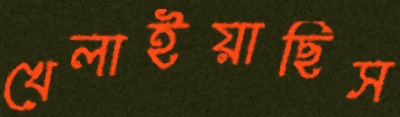
খেলাইয়াছিস